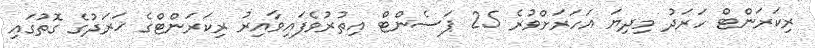
ރިކަރަންޓް ހަރަދު މިދިޔަ އަހަރަށްވުރެ 25 ޕަސެންޓް އިތުރުވެފައިވާއިރު ރިކަރަންޓްގެ ޚަރަދުގެ ގޮތުގައި